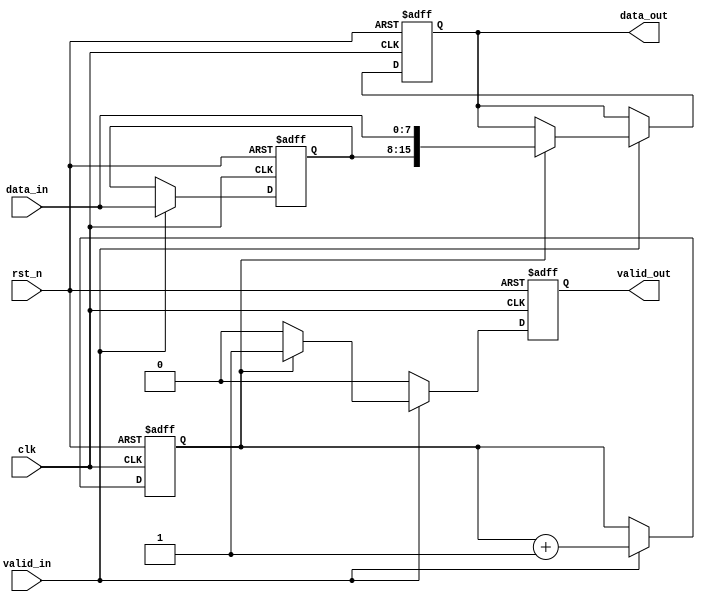
// ======================================================================
// Affiliation:			Tsinghua Univ
// Module Name:			width_8to16
// Description:			data width transfer
// Additional Comments:	VL34 on nowcoder
// ======================================================================

`timescale 1ns/1ns

module width_8to16 (
	input	wire				rst_n,
	input	wire				clk,
	input	wire	[7: 0]		data_in,
	input	wire				valid_in,
	output	wire				valid_out,
	output	wire	[15: 0]		data_out
);

reg					valid_out_reg;
reg		[15: 0]		data_out_reg;
reg		[7: 0]		data_temp;
reg					cnt;

assign	valid_out  =  valid_out_reg;
assign	data_out   =  data_out_reg;

always @(posedge clk or negedge rst_n) begin
	if (~rst_n) begin
		valid_out_reg <= 1'b0;
		data_out_reg <= 16'd0;
		data_temp <= 8'd0;
		cnt <= 1'd0;
	end
	else begin
		if (valid_in) begin
			cnt <= cnt + 1'd1;
			data_temp <= data_in;
			if (cnt == 1'd1) begin
				valid_out_reg <= 1'b1;
				data_out_reg <= {data_temp, data_in};
			end
			else begin
				valid_out_reg <= 1'b0;
			end
		end
		else begin
			valid_out_reg <= 1'b0;
		end
	end
end

endmodule